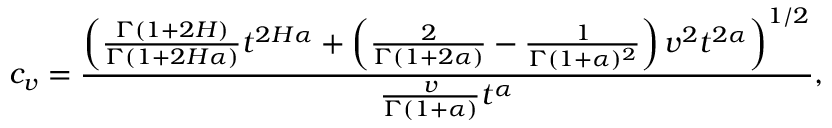
c _ { v } = \frac { \left( \frac { \Gamma ( 1 + 2 H ) } { \Gamma ( 1 + 2 H \alpha ) } t ^ { 2 H \alpha } + \left( \frac { 2 } { \Gamma ( 1 + 2 \alpha ) } - \frac { 1 } { \Gamma ( 1 + \alpha ) ^ { 2 } } \right) v ^ { 2 } t ^ { 2 \alpha } \right) ^ { 1 / 2 } } { \frac { v } { \Gamma ( 1 + \alpha ) } t ^ { \alpha } } ,